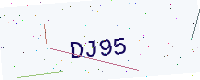
Text: DJ95